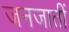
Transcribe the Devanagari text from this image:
जनजातीं